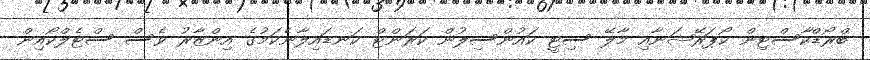
ބްރޯޑްކާސްޓިން ކޯޕަރޭޝަނާއި މާލޭ ސިޓީ ކައުންސިލުން ކަރަންޓް ކަނޑައިލާނެކަމުގެ އިންޒާރު ވެސް ސްޓެލްކޯއިން